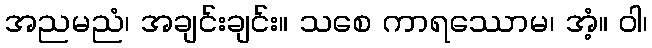
အညမညံ၊ အချင်းချင်း။ သစေ ကာရဿောမ၊ အံ့။ ဝါ၊